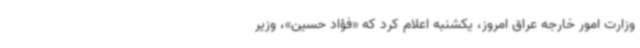
وزارت امور خارجه عراق امروز، یکشنبه اعلام کرد که «فؤاد حسین»، وزیر